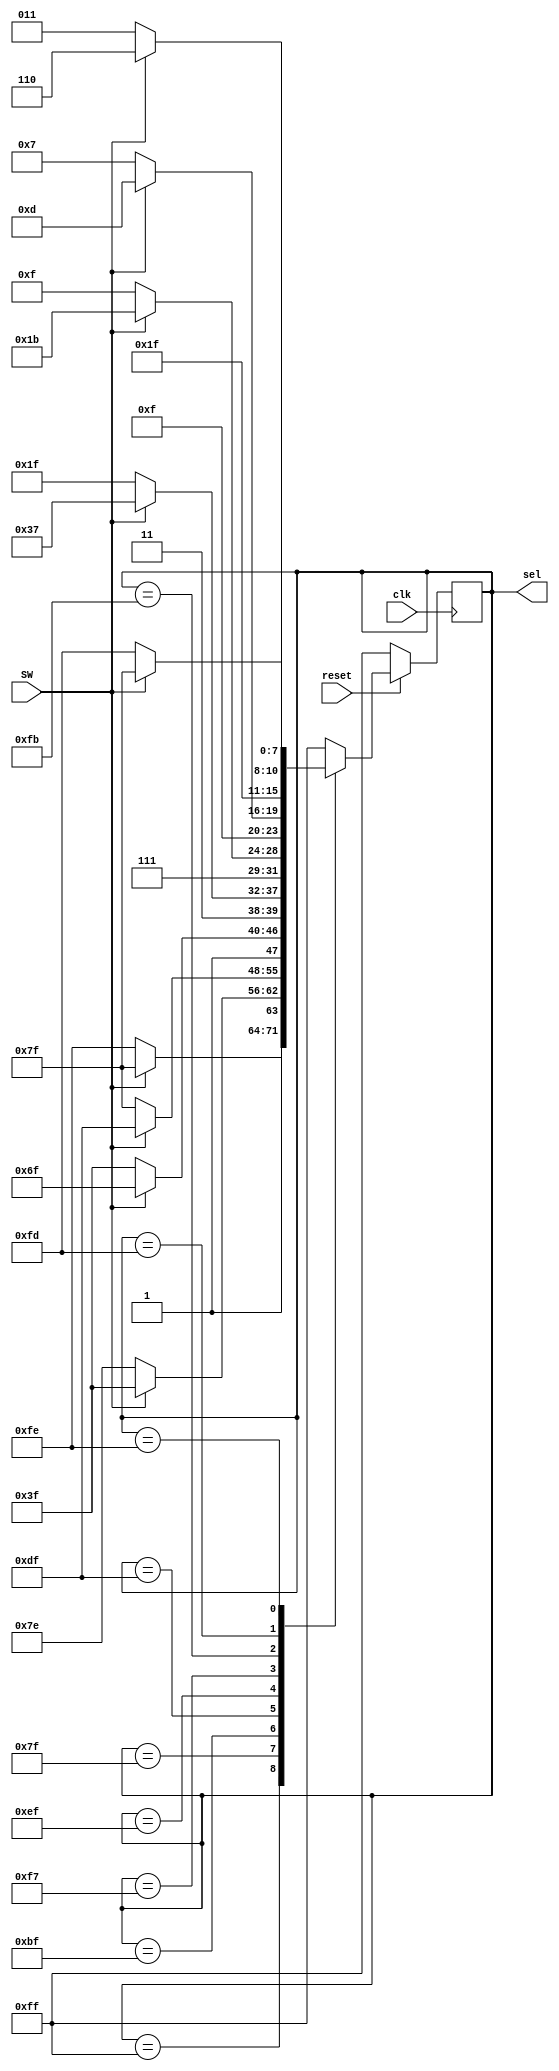
module project5(clk,SW,reset,sel);//project5
parameter S0=8'b11111111,S1=8'b01111111,S2=8'b10111111,S3=8'b11011111,
S4=8'b11101111,S5=8'b11110111,S6=8'b11111011,S7=8'b11111101,S8=8'b11111110;
input clk,SW,reset;//clkp20SWreset
output reg [7:0]sel=S0;//selLED8reg

always @ (posedge clk)//clk
begin
	if (!reset) sel<=S0;//resetselS0
	else//sel
	begin
	case(sel)//SWsel
	S0:if (SW) sel<=S1;else sel<=S8;
	S1:if (SW) sel<=S2;else sel<=S8;
	S2:if (SW) sel<=S3;else sel<=S1;
	S3:if (SW) sel<=S4;else sel<=S2;
	S4:if (SW) sel<=S5;else sel<=S3;
	S5:if (SW) sel<=S6;else sel<=S4;
	S6:if (SW) sel<=S7;else sel<=S5;
	S7:if (SW) sel<=S8;else sel<=S6;
	S8:if (SW) sel<=S1;else sel<=S7;
	default:sel<=S0;
	endcase
	end
end
endmodule